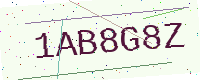
Text: 1AB8G8Z